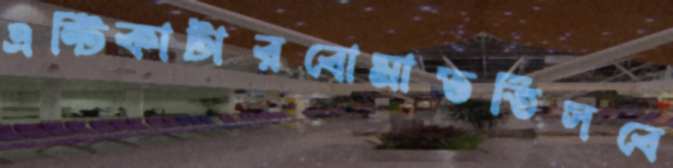
এন্টিকাটারবোমাভর্তিসবে